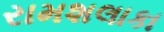
રામશલાકા